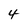
Character: 4